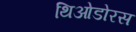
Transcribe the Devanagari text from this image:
थिओडोरस